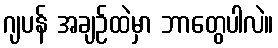
ဂျပန် အချဉ်ထဲမှာ ဘာတွေပါလဲ။